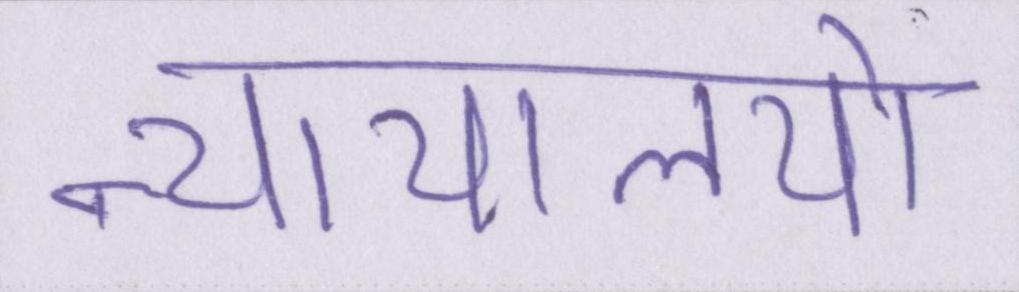
न्यायालयो